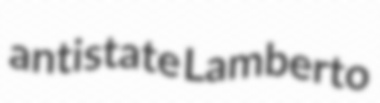
antistate Lamberto